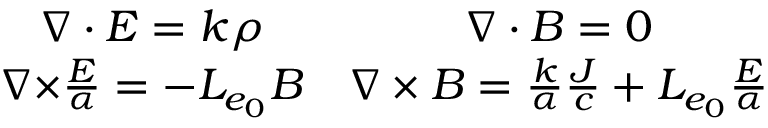
\begin{array} { c c } { \boldsymbol { \nabla \cdot E } = k \rho } & { \boldsymbol { \nabla \cdot B } = 0 } \\ { \boldsymbol { \nabla \times } \frac { \boldsymbol { E } } { \alpha } = - L _ { e _ { 0 } } \boldsymbol { B } } & { \boldsymbol { \nabla \times B } = \frac { k } { \alpha } \frac { \boldsymbol { J } } { c } + L _ { e _ { 0 } } \frac { \boldsymbol { E } } { \alpha } } \end{array}